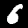
Digit: 6